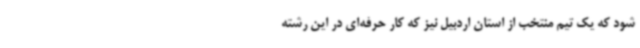
شود که یک تیم منتخب از استان اردبیل نیز که کار حرفه‌ای در این رشته